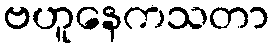
ဗဟူနေကသတာ